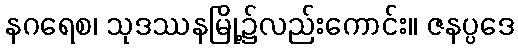
နဂရေစ၊ သုဒဿနမြို့၌လည်းကောင်း။ ဇနပ္ပဒေ